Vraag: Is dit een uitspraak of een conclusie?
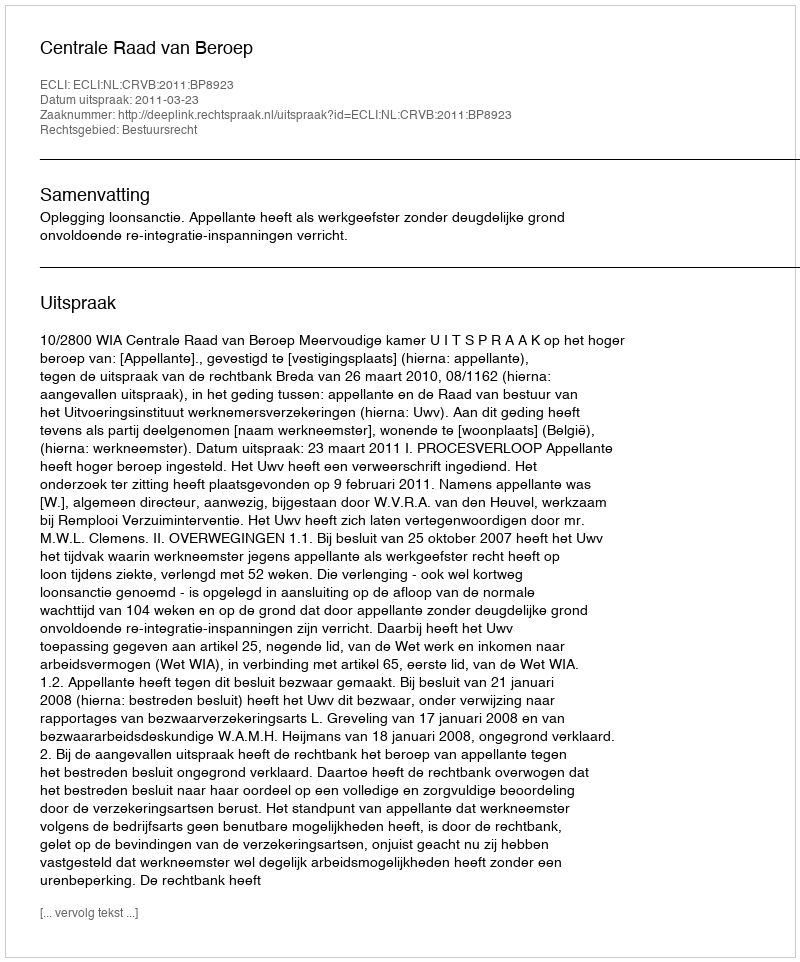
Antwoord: Uitspraak